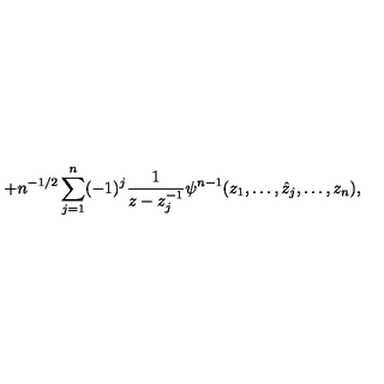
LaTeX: + n ^ { - 1 / 2 } \sum _ { j = 1 } ^ { n } ( - 1 ) ^ { j } \frac 1 { z - z _ { j } ^ { - 1 } } \psi ^ { n - 1 } ( z _ { 1 } , \ldots , \hat { z } _ { j } , \ldots , z _ { n } ) ,